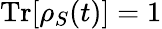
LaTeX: \operatorname{Tr}[\rho_{S}(t)]=1